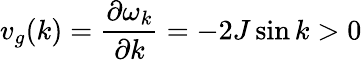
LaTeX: v_{g}(k)=\frac{\partial\omega_{k}}{\partial k}=-2J\sin{k}>0